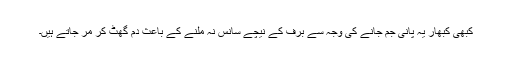
کبھی کبھار یہ پانی جم جانے کی وجہ سے برف کے نیچے سانس نہ ملنے کے باعث دم گھٹ کر مر جاتے ہیں۔